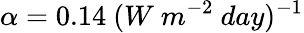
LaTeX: \alpha=0.14~(W~m^{-2}~day)^{-1}